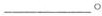
___。